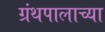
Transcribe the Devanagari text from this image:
ग्रंथपालाच्या